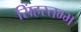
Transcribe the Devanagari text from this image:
सिंहस्तम्भ